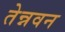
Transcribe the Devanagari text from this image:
तेन्नवन